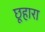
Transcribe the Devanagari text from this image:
छूहारा